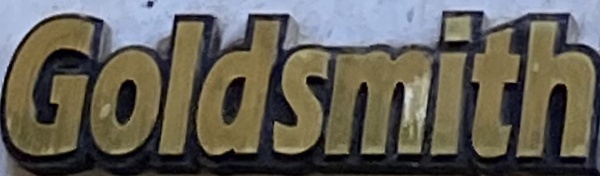
Goldsmith